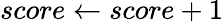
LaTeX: score\gets score+1